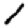
Digit: 1